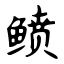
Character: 鲼